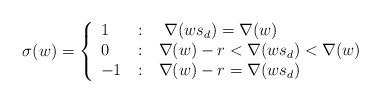
LaTeX: \begin{align*}\sigma(w)=\left\{\begin{array}{l@{\quad:\quad}l}1&\mbox{ }\nabla(ws_d)=\nabla(w)\\ 0&\mbox{}\nabla(w)-r<\nabla(ws_d)<\nabla(w)\\-1&\mbox{}\nabla(w)-r=\nabla(ws_d)\end{array}\right.\end{align*}